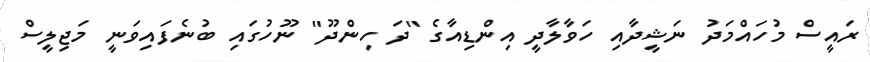
ރައީސް މުހައްމަދު ނަޝީދާއި ހަވާލާދީ އިންޑިއާގެ "ދަ ހިންދޫ" ނޫހުގައި ބުނެފައިވަނީ މަޖިލީސް